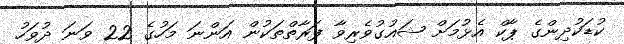
ކުޑަކުދިންގެ ޕާކް އެޅުމަށް ޝައުގުވެރިވާ ފަރާތްތަކުން އަންނަ މަހުގެ 22 ވަނަ ދުވަހު